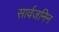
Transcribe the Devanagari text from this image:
सार्वजनिन